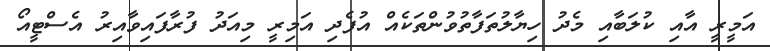
އަމީރީ އާއި ކުލަބާއި މެދު ހިޔާލުތަފާތުވުންތަކެއް އުފެދި އަމިރީ މިއަދު ފުރާފައިވާއިރު އެސްޓީއޯ